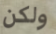
ولكن